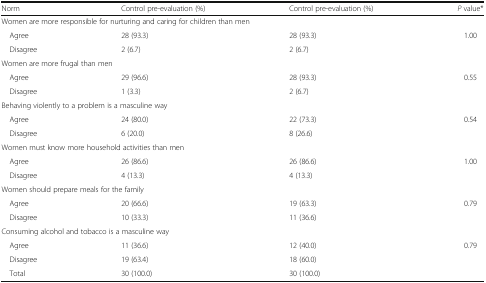
<table><thead><tr><td><b>Norm</b></td><td><b>Control pre-evaluation (%)</b></td><td><b>Control pre-evaluation (%)</b></td><td><b><i>P</i> value*</b></td></tr></thead><tbody><tr><td colspan="4">Women are more responsible for nurturing and caring for children than men</td></tr><tr><td> Agree</td><td>28 (93.3)</td><td>28 (93.3)</td><td rowspan="2">1.00</td></tr><tr><td> Disagree</td><td>2 (6.7)</td><td>2 (6.7)</td></tr><tr><td colspan="4">Women are more frugal than men</td></tr><tr><td> Agree</td><td>29 (96.6)</td><td>28 (93.3)</td><td rowspan="2">0.55</td></tr><tr><td> Disagree</td><td>1 (3.3)</td><td>2 (6.7)</td></tr><tr><td colspan="4">Behaving violently to a problem is a masculine way</td></tr><tr><td> Agree</td><td>24 (80.0)</td><td>22 (73.3)</td><td rowspan="2">0.54</td></tr><tr><td> Disagree</td><td>6 (20.0)</td><td>8 (26.6)</td></tr><tr><td colspan="4">Women must know more household activities than men</td></tr><tr><td> Agree</td><td>26 (86.6)</td><td>26 (86.6)</td><td rowspan="2">1.00</td></tr><tr><td> Disagree</td><td>4 (13.3)</td><td>4 (13.3)</td></tr><tr><td colspan="4">Women should prepare meals for the family</td></tr><tr><td> Agree</td><td>20 (66.6)</td><td>19 (63.3)</td><td rowspan="2">0.79</td></tr><tr><td> Disagree</td><td>10 (33.3)</td><td>11 (36.6)</td></tr><tr><td colspan="4">Consuming alcohol and tobacco is a masculine way</td></tr><tr><td> Agree</td><td>11 (36.6)</td><td>12 (40.0)</td><td rowspan="2">0.79</td></tr><tr><td> Disagree</td><td>19 (63.4)</td><td>18 (60.0)</td></tr><tr><td> Total</td><td>30 (100.0)</td><td>30 (100.0)</td><td></td></tr></tbody></table>